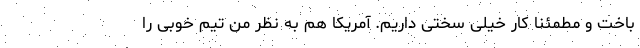
باخت و مطمئنا کار خیلی سختی داریم. آمریکا هم به نظر من تیم خوبی را